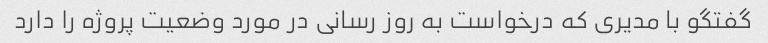
گفتگو با مدیری که درخواست به روز رسانی در مورد وضعیت پروژه را دارد